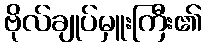
ဗိုလ်ချုပ်မှူးကြီး၏